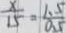
\frac { x } { 1 5 } = \frac { 1 . 5 } { 0 . 5 }